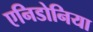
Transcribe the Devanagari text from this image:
एनिडोनिया